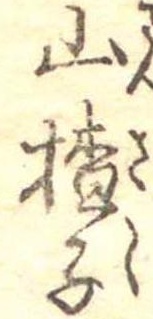
山楂子